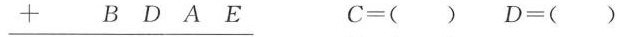
\underline{+ B D A E} C=() D=()